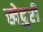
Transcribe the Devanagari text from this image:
खेदुरी